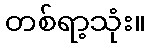
တစ်ရာ့သုံး။